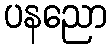
ပနညော